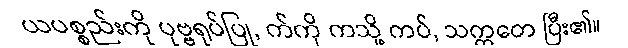
ယပစ္စည်းကို ပုဗ္ဗရုပ်ပြု, က်ကို ကသို့ ကပ်, သက္ကတေ ပြီး၏။